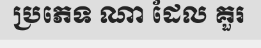
ប្រភេទ ណា ដែល គួរ